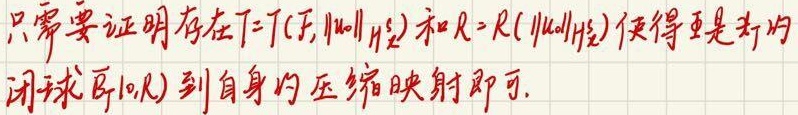
只需要证明存在 \(T = T(F,\|u_0\|_{H_{x}^{s}})\) 和 \(R = R(\|u_0\|_{H_{x}^{s}})\)使得 \(\Phi\)是 \(X_T\)的闭球 \(\overline{B}_T(0,R)\) 到自身的压缩映射即可.